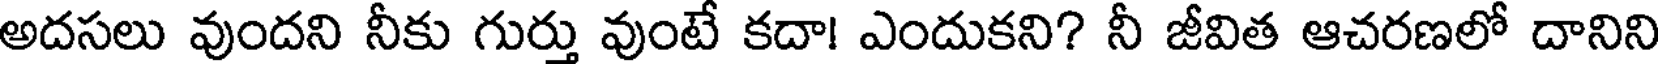
అదసలు వుందని నీకు గుర్తు వుంటే కదా! ఎందుకని? నీ జీవిత ఆచరణలో దానిని